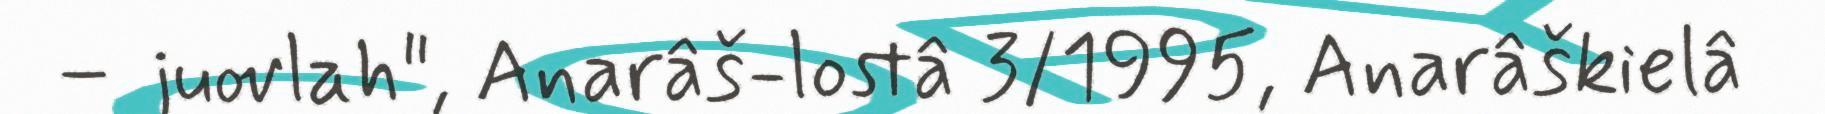
– juovlah", Anarâš-lostâ 3/1995, Anarâškielâ